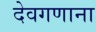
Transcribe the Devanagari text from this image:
देवगणाना